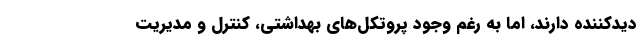
دیدکننده دارند، اما به رغم وجود پروتکل‌های بهداشتی، کنترل و مدیریت